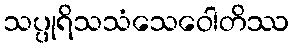
သပ္ပုရိသသံသေဝေါတိဿ